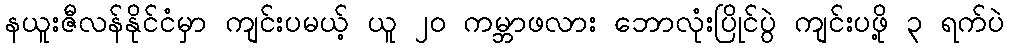
နယူးဇီလန်နိုင်ငံမှာ ကျင်းပမယ့် ယူ ၂၀ ကမ္ဘာဖလား ဘောလုံးပြိုင်ပွဲ ကျင်းပဖို့ ၃ ရက်ပဲ